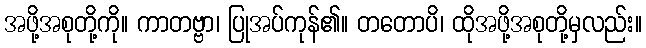
အဖို့အစုတို့ကို။ ကာတဗ္ဗာ၊ ပြုအပ်ကုန်၏။ တတောပိ၊ ထိုအဖို့အစုတို့မှလည်း။